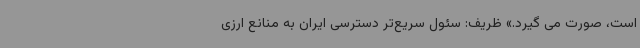
است، صورت می گیرد.» ظریف: سئول سریع‌تر دسترسی ایران به منانع ارزی